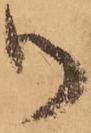
御